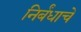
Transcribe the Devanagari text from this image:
निर्बंधाचे